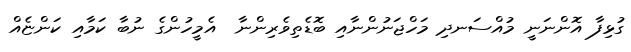
ގުޅިފާ އޮންނަނީ މުއްސަނދި މަހްޖަނުންނާއި ބޮޑެތިވެރިންނާ  އެމީހުންގެ ނުބާ ކަމާއި ކަންޏެއް